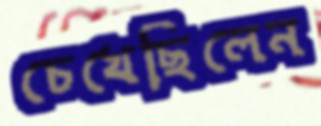
চেখেছিলেন